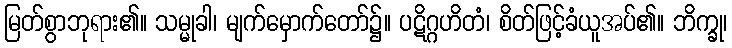
မြတ်စွာဘုရား၏။ သမ္မုခါ၊ မျက်မှောက်တော်၌။ ပဋိဂ္ဂဟိတံ၊ စိတ်ဖြင့်ခံယူအပ်၏။ ဘိက္ခု၊